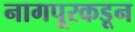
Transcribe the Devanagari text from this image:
नागपूरकडून